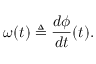
\omega ( t ) \triangleq { \frac { d \phi } { d t } } ( t ) .